Annual report on the lock hospitals of the Madras Presidency
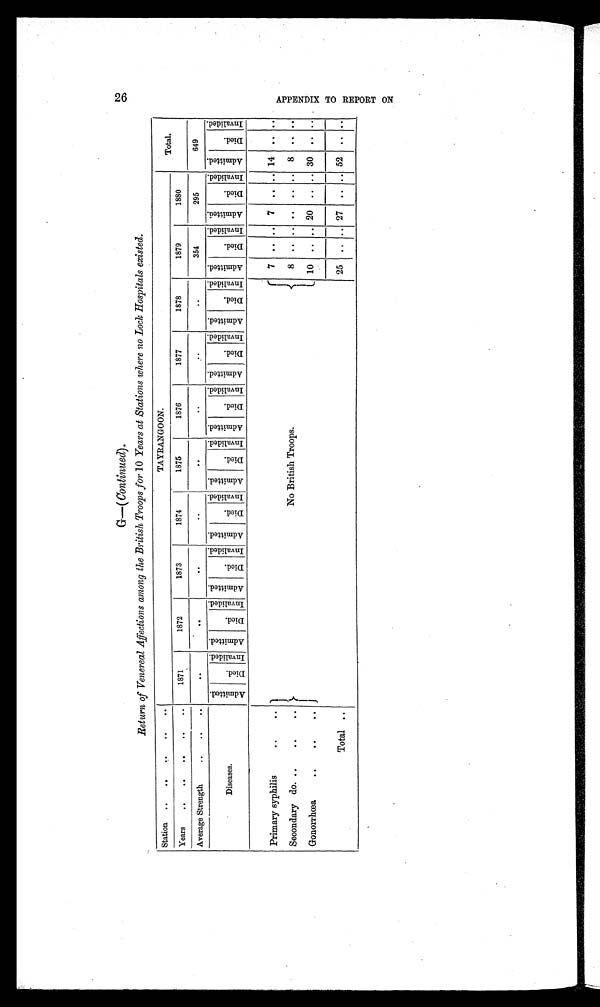
G—( Continued)
2 6
Return of Venereal Affections among the British Troops for 10 Years at Stations where no Lock Hospitals existed.
Station ..
..
. . . .
TAYRANGOON.
Total.
Years
..
..
..
. . . .
1871
1872
1873
1874
1875
1876
1877
1878
1879
1880
Average Strength
..
..
..
. .
..
. .
..
. .
. .
..
..
354
295
649
Diseases.
A d m i t t e d .
D i e d .
I n v a l i d e d .
A d m i t t e d .
D i e d .
I nval i ded.
Admi t t ed.
D i e d .
I nval i ded. A d m i t t e d .
D i e d .
I n v a l i d e d . A d m i t t e d .
D i e d .
I n v a l i d e d . A d m i t t e d .
Di e d .
I n v a l i d e d . Ad mi t t e d .
Di ed.
I n v a l i d e d . A d m i t t e d .
D i e d .
I n v a l i d e d . A d m i t t e d .
Died.
I n v a l i d e d . A d m i t t e d .
D i e d .
I n v a l i d e d . A d m i t t e d .
Di e d .
I n v a l i d e d .
Primary syphilis
...
No British Troops.
7 .. .. 7 .. .. 14 .. ..
Secondary do. ..
..
..
8 .. .. .. .. .. 8 ..
. .
Gonorrhœa
. . .. ..
10 .. .. 20 .. .. 30 ..
. .
Total ..
25 .. .. 27 .. .. 52 ..
. .
A P P E N D I X T O R E P O R T O N